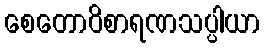
စေတောဝိစာရဏသပ္ပါယာ